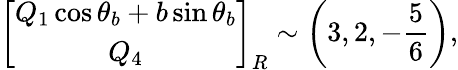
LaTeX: \left[\begin{array}{c}{{Q_{1}\cos\theta_{b}+b\sin\theta_{b}}}\\ {{Q_{4}}}\end{array}\right]_{R}\sim\left(3,2,-{\frac{5}{6}}\right),